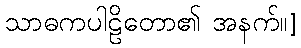
သာဓကပါဠိတော၏ အနက်။]